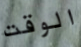
الوقت